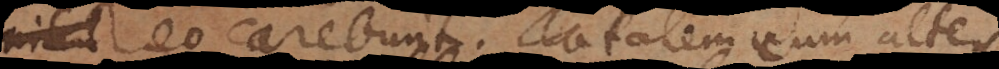
vel eo carebunt. Totalem cum al